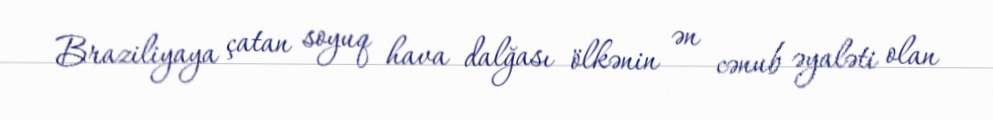
Braziliyaya çatan soyuq hava dalğası ölkənin ən cənub əyaləti olan